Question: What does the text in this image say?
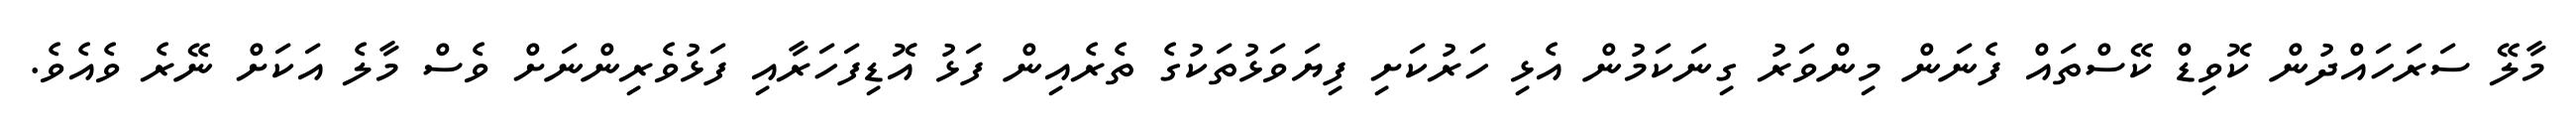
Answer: މާލޭ ސަރަހައްދުން ކޮވިޑް ކޭސްތައް ފެނަން މިންވަރު ގިނަކަމުން އެޅި ހަރުކަށި ފިޔަވަޅުތަކުގެ ތެރެއިން ފަޅު އޮޑިފަހަރާއި ފަޅުވެރިންނަށް ވެސް މާލެ އަކަށް ނޭރެ ވެއެވެ.